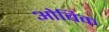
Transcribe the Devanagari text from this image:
ओबिक